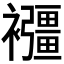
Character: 𧟂